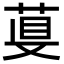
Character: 𦴁